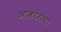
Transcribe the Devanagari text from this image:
आकारांचा